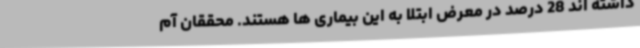
داشته اند 28 درصد در معرض ابتلا به این بیماری ها هستند. محققان آم